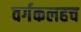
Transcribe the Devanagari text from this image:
वर्गकलहच